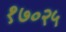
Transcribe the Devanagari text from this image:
१७०२५